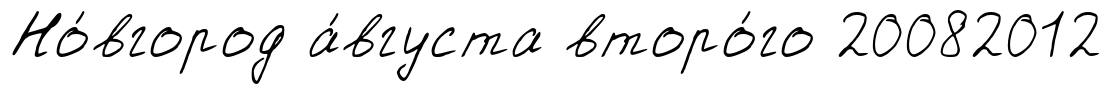
Но́вгород а́вгуста второ́го 20082012